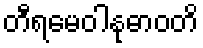
တီရမေဝါနုဓာဝတိ